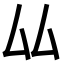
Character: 厸